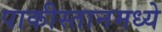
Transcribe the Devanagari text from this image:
पाकीस्तानमध्ये